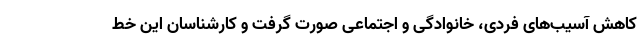
کاهش آسیب‌های فردی، خانوادگی و اجتماعی صورت گرفت و کارشناسان این خط